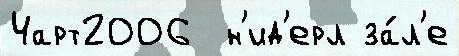
Чарт2006  н'ид'ерл за́л'е